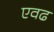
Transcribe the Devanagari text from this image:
एवढ